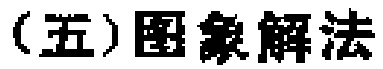
（五）图象解法